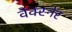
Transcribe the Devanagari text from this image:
वेक्स्नेर